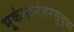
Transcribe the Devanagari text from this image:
भूकंपानंतरसुद्धा